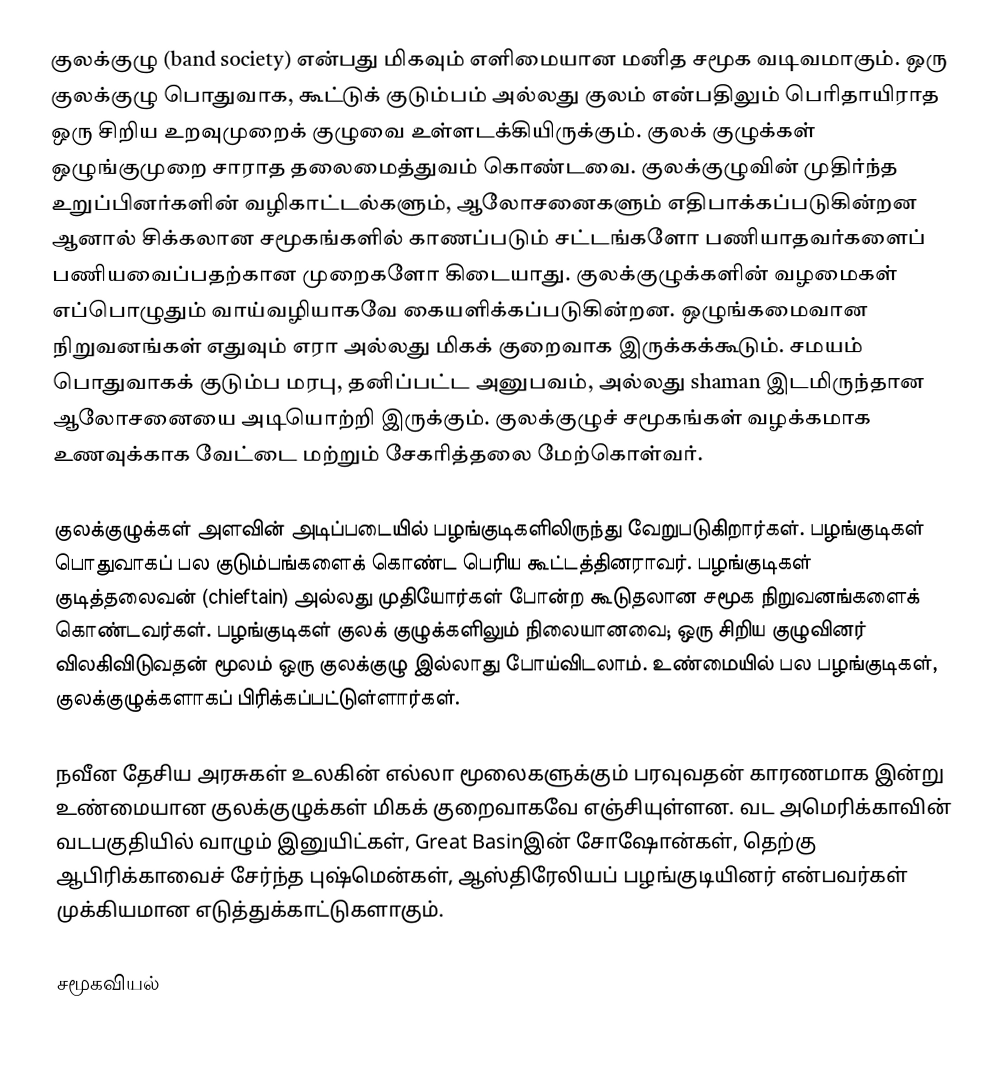
குலக்குழு (band society) என்பது மிகவும் எளிமையான மனித சமூக வடிவமாகும். ஒரு குலக்குழு பொதுவாக, கூட்டுக் குடும்பம் அல்லது குலம் என்பதிலும் பெரிதாயிராத ஒரு சிறிய உறவுமுறைக் குழுவை உள்ளடக்கியிருக்கும். குலக் குழுக்கள் ஒழுங்குமுறை சாராத தலைமைத்துவம் கொண்டவை. குலக்குழுவின் முதிர்ந்த உறுப்பினர்களின் வழிகாட்டல்களும், ஆலோசனைகளும் எதிபாக்கப்படுகின்றன ஆனால் சிக்கலான சமூகங்களில் காணப்படும் சட்டங்களோ பணியாதவர்களைப் பணியவைப்பதற்கான முறைகளோ கிடையாது. குலக்குழுக்களின் வழமைகள் எப்பொழுதும் வாய்வழியாகவே கையளிக்கப்படுகின்றன. ஒழுங்கமைவான நிறுவனங்கள் எதுவும் எரா அல்லது மிகக் குறைவாக இருக்கக்கூடும். சமயம் பொதுவாகக் குடும்ப மரபு, தனிப்பட்ட அனுபவம், அல்லது shaman இடமிருந்தான ஆலோசனையை அடியொற்றி இருக்கும். குலக்குழுச் சமூகங்கள் வழக்கமாக உணவுக்காக வேட்டை மற்றும் சேகரித்தலை மேற்கொள்வர்.

குலக்குழுக்கள் அளவின் அடிப்படையில் பழங்குடிகளிலிருந்து வேறுபடுகிறார்கள். பழங்குடிகள் பொதுவாகப் பல குடும்பங்களைக் கொண்ட பெரிய கூட்டத்தினராவர். பழங்குடிகள் குடித்தலைவன் (chieftain) அல்லது முதியோர்கள் போன்ற கூடுதலான சமூக நிறுவனங்களைக் கொண்டவர்கள். பழங்குடிகள் குலக் குழுக்களிலும் நிலையானவை; ஒரு சிறிய குழுவினர் விலகிவிடுவதன் மூலம் ஒரு குலக்குழு இல்லாது போய்விடலாம். உண்மையில் பல பழங்குடிகள், குலக்குழுக்களாகப் பிரிக்கப்பட்டுள்ளார்கள்.

நவீன தேசிய அரசுகள் உலகின் எல்லா மூலைகளுக்கும் பரவுவதன் காரணமாக இன்று உண்மையான குலக்குழுக்கள் மிகக் குறைவாகவே எஞ்சியுள்ளன. வட அமெரிக்காவின் வடபகுதியில் வாழும் இனுயிட்கள், Great Basinஇன் சோஷோன்கள், தெற்கு ஆபிரிக்காவைச் சேர்ந்த புஷ்மென்கள், ஆஸ்திரேலியப் பழங்குடியினர் என்பவர்கள் முக்கியமான எடுத்துக்காட்டுகளாகும்.

சமூகவியல்